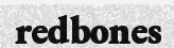
redbones